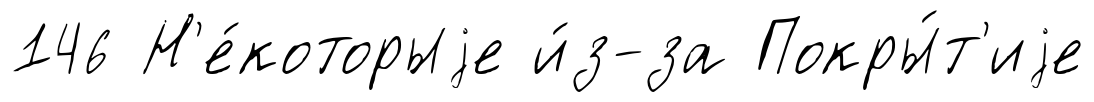
146 Н'е́которыjе и́з-за Покры́т'иjе